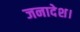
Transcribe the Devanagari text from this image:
जनादेश।